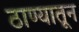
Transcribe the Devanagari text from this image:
ठाण्यातून